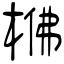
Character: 梻